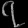
Digit: ၇